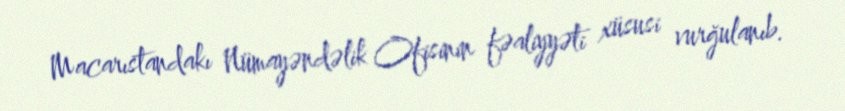
Macarıstandakı Nümayəndəlik Ofisinin fəaliyyəti xüsusi vurğulanıb.